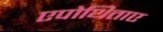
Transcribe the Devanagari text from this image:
एपोथिताए